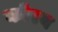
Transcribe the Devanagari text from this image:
कोरब